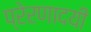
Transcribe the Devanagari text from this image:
प्रेरणादयी